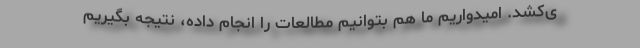
ی‌کشد. امیدواریم ما هم بتوانیم مطالعات را انجام داده، نتیجه بگیریم